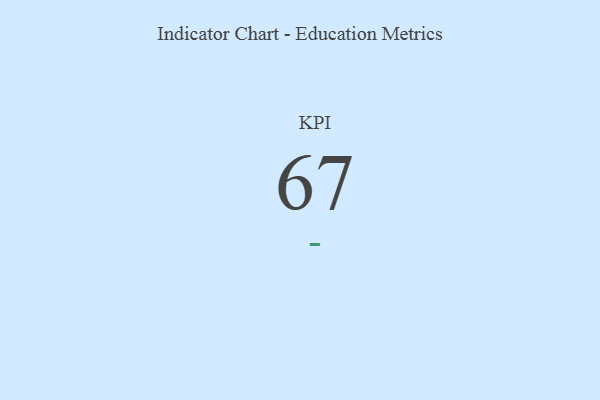
{"axis": {"x": "KPI", "y": "Value"}, "legend": [""], "data": [{"x": "KPI", "y": 67, "type": ""}]}